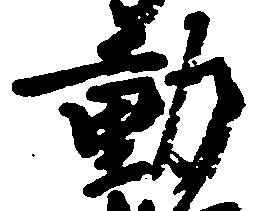
動